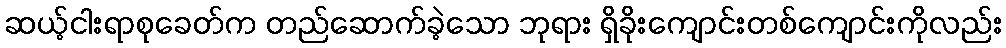
ဆယ့်ငါးရာစုခေတ်က တည်ဆောက်ခဲ့သော ဘုရား ရှိခိုးကျောင်းတစ်ကျောင်းကိုလည်း